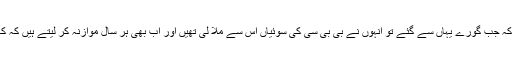
کہنے والے تو یہاں تک بتاتے ہیں کہ جب گورے یہاں سے گئے تو انہوں نے بی بی سی کی سوئیاں اس سے ملا لی تھیں اور اب بھی ہر سال موازنہ کر لیتے ہیں کہ کہیں ان کا وقت پیچھے نہ رہ جائے۔